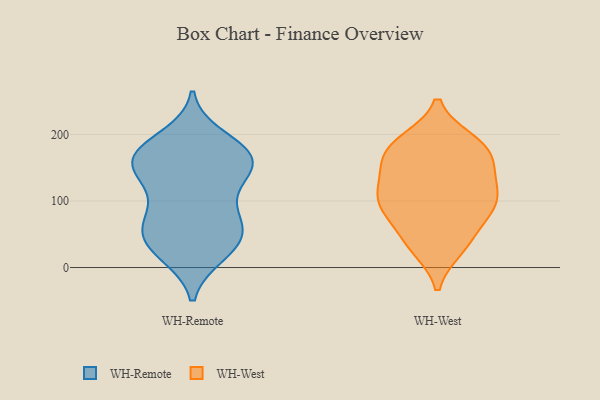
{"axis": {"x": "Inventory Turnover", "y": "Value"}, "legend": ["WH-Remote", "WH-West"], "data": [{"x": "", "y": 42, "type": "WH-Remote"}, {"x": "", "y": 52, "type": "WH-Remote"}, {"x": "", "y": 81, "type": "WH-Remote"}, {"x": "", "y": 30, "type": "WH-Remote"}, {"x": "", "y": 175, "type": "WH-Remote"}, {"x": "", "y": 65, "type": "WH-Remote"}, {"x": "", "y": 62, "type": "WH-Remote"}, {"x": "", "y": 72, "type": "WH-Remote"}, {"x": "", "y": 175, "type": "WH-Remote"}, {"x": "", "y": 143, "type": "WH-Remote"}, {"x": "", "y": 150, "type": "WH-Remote"}, {"x": "", "y": 158, "type": "WH-Remote"}, {"x": "", "y": 22, "type": "WH-Remote"}, {"x": "", "y": 173, "type": "WH-Remote"}, {"x": "", "y": 120, "type": "WH-Remote"}, {"x": "", "y": 195, "type": "WH-Remote"}, {"x": "", "y": 159, "type": "WH-Remote"}, {"x": "", "y": 20, "type": "WH-Remote"}, {"x": "", "y": 127, "type": "WH-Remote"}, {"x": "", "y": 168, "type": "WH-Remote"}, {"x": "", "y": 120, "type": "WH-West"}, {"x": "", "y": 123, "type": "WH-West"}, {"x": "", "y": 182, "type": "WH-West"}, {"x": "", "y": 94, "type": "WH-West"}, {"x": "", "y": 35, "type": "WH-West"}, {"x": "", "y": 34, "type": "WH-West"}, {"x": "", "y": 95, "type": "WH-West"}, {"x": "", "y": 164, "type": "WH-West"}, {"x": "", "y": 83, "type": "WH-West"}, {"x": "", "y": 159, "type": "WH-West"}, {"x": "", "y": 153, "type": "WH-West"}, {"x": "", "y": 190, "type": "WH-West"}, {"x": "", "y": 29, "type": "WH-West"}, {"x": "", "y": 67, "type": "WH-West"}, {"x": "", "y": 188, "type": "WH-West"}, {"x": "", "y": 95, "type": "WH-West"}, {"x": "", "y": 100, "type": "WH-West"}, {"x": "", "y": 132, "type": "WH-West"}, {"x": "", "y": 182, "type": "WH-West"}]}